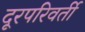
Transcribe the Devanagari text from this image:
दूरपरिवर्ती